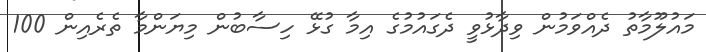
މައުލޫމާތު ދެއްވަމުން ވިދާޅުވީ ދެގައުމުގެ އިމާ ގުޅޭ ހިސާބުން މިޔަންމާ ތެރެއިން 100